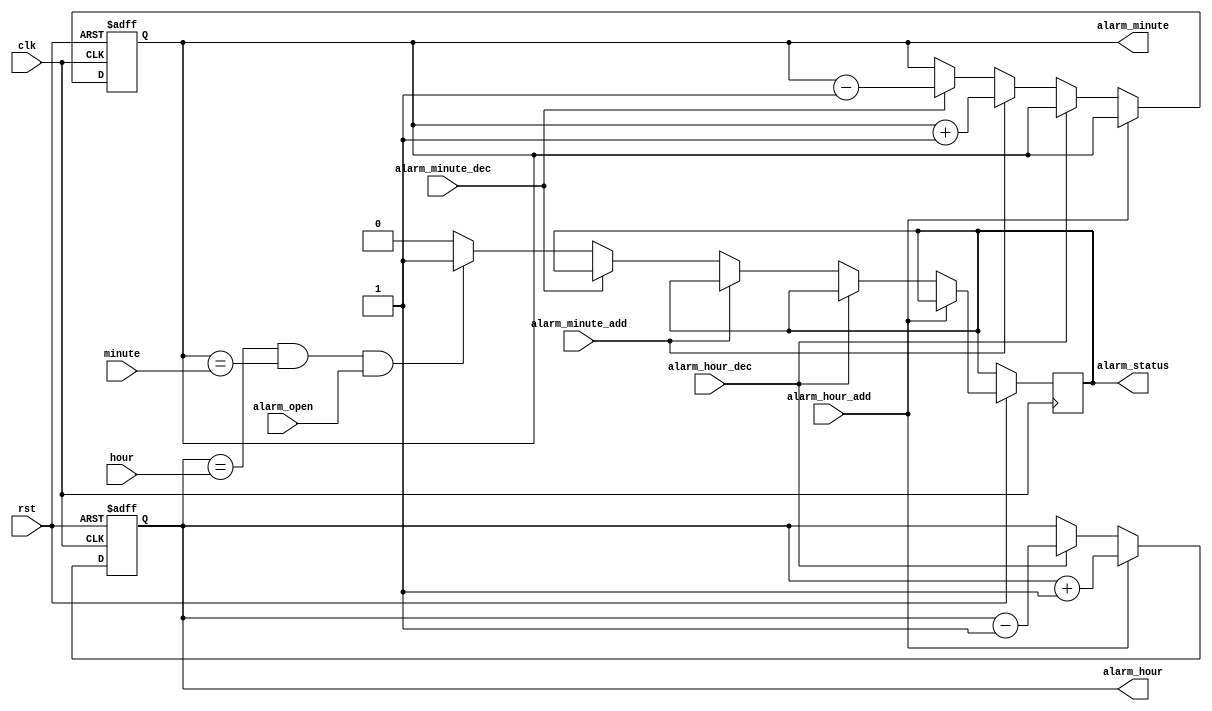
`timescale 1ns / 1ps
//////////////////////////////////////////////////////////////////////////////////
// Company: 
// Engineer: 
// 
// Design Name: 
// Module Name: alarm
// Project Name: 
// Target Devices: 
// Tool Versions: 
// Description: 
// 
// Dependencies: 
// 
// Revision:
// Revision 0.01 - File Created
// Additional Comments:
// 
//////////////////////////////////////////////////////////////////////////////////


module alarm(
    input clk,
    input rst,
    input alarm_open,
    input [4:0] hour,
    input [5:0] minute,
    input alarm_hour_add,
    input alarm_minute_add,
    input alarm_hour_dec,
    input alarm_minute_dec,
    output reg [4:0] alarm_hour,
    output reg [5:0] alarm_minute,
    output reg alarm_status
    );
    always@(posedge clk or negedge rst)
    begin
        if(!rst)
        begin
            alarm_hour<=0;
            alarm_minute<=0;
        end
        else if(alarm_hour_add)
        begin
            alarm_hour<=alarm_hour+1;
        end
        else if(alarm_hour_dec)
        begin
            alarm_hour<=alarm_hour-1;
        end
        else if(alarm_minute_add)
        begin
            alarm_minute<=alarm_minute+1;
        end
        else if(alarm_minute_dec)
        begin
            alarm_minute<=alarm_minute-1;
        end
        else if(alarm_hour==hour&&alarm_minute==minute&&alarm_open)
        begin
            alarm_status<=1;
        end
        else
        begin
            alarm_status<=0;
        end
    end
endmodule